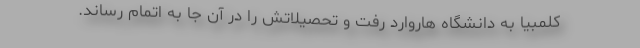
کلمبیا به دانشگاه هاروارد رفت و تحصیلاتش را در آن جا به اتمام رساند.